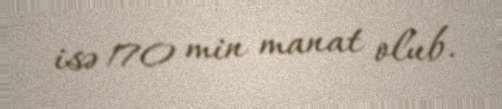
isə 170 min manat olub.